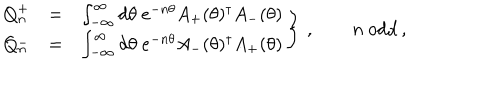
LaTeX: \left. \begin{array} { r c l } { { Q _ { n } ^ { + } } } & { { = } } & { { \int _ { - \infty } ^ { \infty } d \theta \ e ^ { - n \theta } A _ { + } ( \theta ) ^ { \dagger } A _ { - } ( \theta ) } } \\ { { Q _ { n } ^ { - } } } & { { = } } & { { \int _ { - \infty } ^ { \infty } d \theta \ e ^ { - n \theta } A _ { - } ( \theta ) ^ { \dagger } A _ { + } ( \theta ) } } \\ \end{array} \right\} \, , \qquad n { \mathrm { ~ o d d } } \, ,